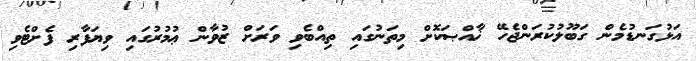
އަޅުގަނޑުމެން ގަބޫލުކުރަންޖެހޭ ޚާއްޞަކޮށް މިތަނުގައި ތިއްބެވި ވަރަށް ޒުވާން ޢުމުރުގައި ވިޔަފާރި ފެށްޓެވި